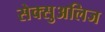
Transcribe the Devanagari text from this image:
सेक्सुअलिज